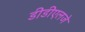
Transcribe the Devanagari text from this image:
डीडीएलजे